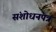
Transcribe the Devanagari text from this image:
संशोधनपत्र